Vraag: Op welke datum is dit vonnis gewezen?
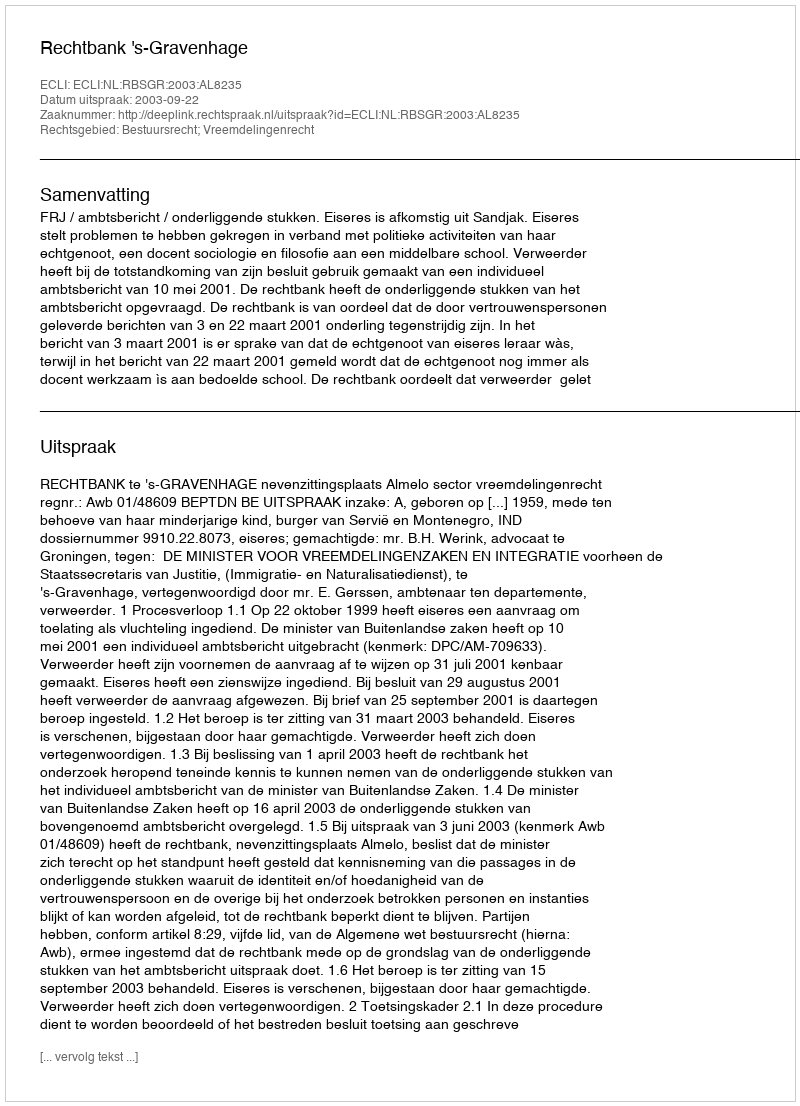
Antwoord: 2003-09-22